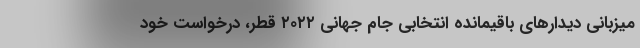
میزبانی دیدارهای باقیمانده انتخابی جام جهانی ۲۰۲۲ قطر، درخواست خود